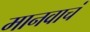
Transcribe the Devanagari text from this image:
मानवाचं